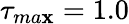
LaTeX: \tau_{ma\mathbf{x}}=1.0